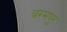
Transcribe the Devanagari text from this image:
बरमपुर